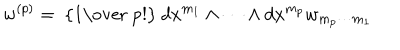
LaTeX: w ^ { ( p ) } = \mathrm { ~ { \frac { 1 } { ~ p ! } } ~ } d x ^ { m _ { 1 } } \wedge \cdots \wedge d x ^ { m _ { p } } w _ { m _ { p } \cdots m _ { 1 } }